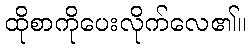
ထိုစာကိုပေးလိုက်လေ၏။